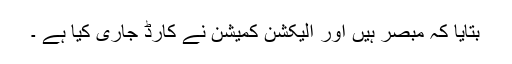
بتایا کہ مبصر ہیں اور الیکشن کمیشن نے کارڈ جاری کیا ہے ۔